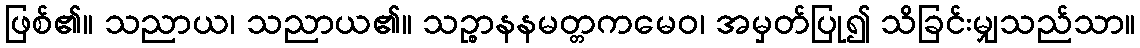
ဖြစ်၏။ သညာယ၊ သညာယ၏။ သဉ္စာနနမတ္တကမေဝ၊ အမှတ်ပြု၍ သိခြင်းမျှသည်သာ။